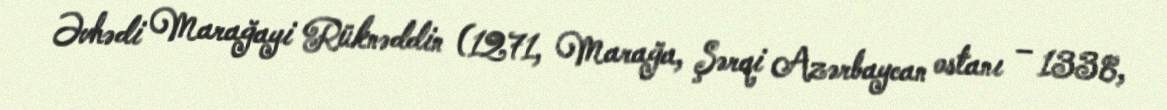
Əvhədi Marağayi Rüknəddin (1271, Marağa, Şərqi Azərbaycan ostanı – 1338,